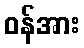
ဝန်အား